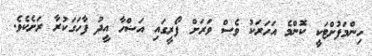
ހިންމަފުށްޓަކީ ކޮންމެ އަހަރަކު ވެސް ވަރަށް ފޯރީގައި އަޟްހާ އީދު ފާހަގަކުރާ ރަށެކެވެ.